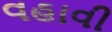
વહાવી